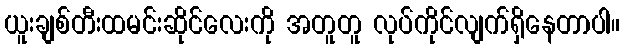
ယူးချစ်တီးထမင်းဆိုင်လေးကို အတူတူ လုပ်ကိုင်လျက်ရှိနေတာပါ။